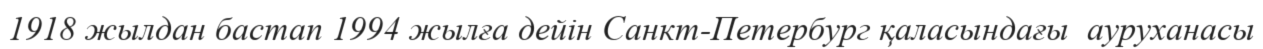
1918 жылдан бастап 1994 жылға дейін Санкт-Петербург қаласындағы  ауруханасы